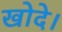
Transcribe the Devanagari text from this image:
खोदे।